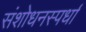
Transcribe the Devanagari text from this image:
संशोधनस्पर्धा